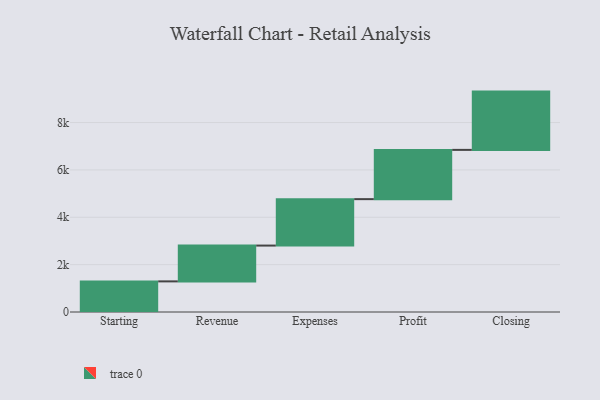
{"axis": {"x": "Step", "y": "Value"}, "legend": [""], "data": [{"x": "Starting", "y": 1293.0, "type": ""}, {"x": "Revenue", "y": 1512.0, "type": ""}, {"x": "Expenses", "y": 1961.0, "type": ""}, {"x": "Profit", "y": 2080.0, "type": ""}, {"x": "Closing", "y": 2461.0, "type": ""}]}